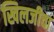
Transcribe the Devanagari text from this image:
खिलजीचा